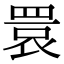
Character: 睘